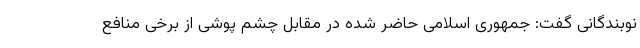
نوبندگانی گفت: جمهوری اسلامی حاضر شده در مقابل چشم پوشی از برخی منافع